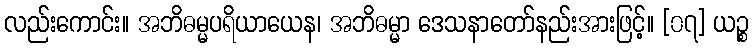
လည်းကောင်း။ အဘိဓမ္မပရိယာယေန၊ အဘိဓမ္မာ ဒေသနာတော်နည်းအားဖြင့်။ [၀၇] ယဉ္စ